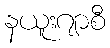
နယူးဂျာစီ